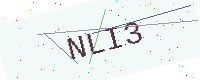
Text: NLI3